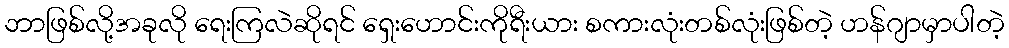
ဘာဖြစ်လို့အခုလို ရေးကြလဲဆိုရင် ရှေးဟောင်းကိုရီးယား စကားလုံးတစ်လုံးဖြစ်တဲ့ ဟန်ဂျာမှာပါတဲ့